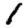
Digit: 1